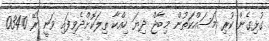
ގުޅިގެން ކުރި މަސައްކަތުން މިބާޖް ދިޔަ ހިއްކާ ތިލަކޮށްދެވިފައި ވަނީ ރޭ 0340